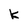
Character: k